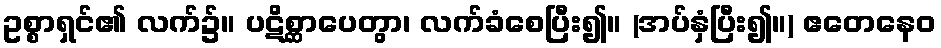
ဥစ္စာရှင်၏ လက်၌။ ပဋိစ္ဆာပေတွာ၊ လက်ခံစေပြီး၍။ (အပ်နှံပြီး၍။) ဧတေနေဝ